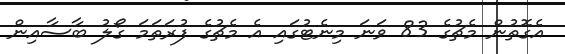
އެގޮތުން މެޗުގެ 83 ވަނަ މިނެޓުގައި އެ މެޗުގެ ފުރަތަމަ ގޯލު ބާސާއިން